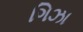
ગિઝા